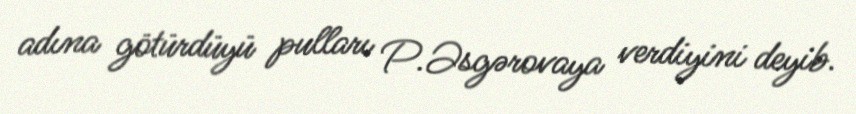
adına götürdüyü pulları P.Əsgərovaya verdiyini deyib.